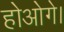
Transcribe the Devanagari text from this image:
होओगे।